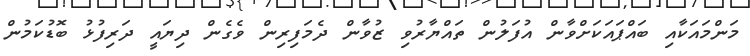
މަންމައަކާއި ބައްޕައަކަށްވާން އުފަލުން ތައްޔާރުވި ޒުވާން ދެމަފިރިން ވެގެން ދިޔައީ ދަރިފުޅު ބޮޑުކަމުން